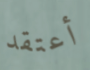
أعتقد